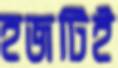
হজটিই